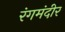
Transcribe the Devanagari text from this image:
रंगमंदीर